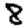
Digit: 8